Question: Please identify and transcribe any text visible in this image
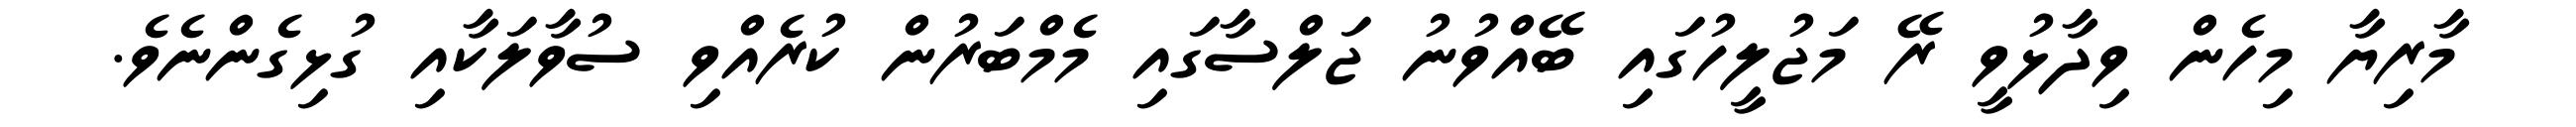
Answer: މާރިޔާ މިހެން ވިދާޅުވީ ރޭ މަޖުލީހުގައި ބޭއްވުނު ޖަލްސާގައި މެމްބަރުން ކުރެއްވި ސުވާލަކާއި ގުޅިގެންނެވެ.